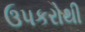
ઉપકરોથી